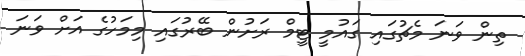
ތިން ވަނަ މެޗުގައި ގައުމީ ޓީމް ރަށުން ބޭރުގައި މިމަހުގެ އަށް ވަނަ